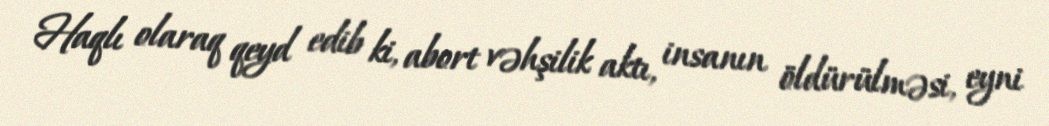
Haqlı olaraq qeyd edib ki, abort vəhşilik aktı, insanın öldürülməsi, eyni